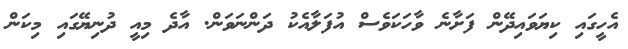
އެހީގައި ކިޔަވައިދޭން ފަށާނެ ވާހަކަވެސް އުފަލާއެކު ދަންނަވަން. އާދެ މިއީ ދުނިޔޭގައި މިކަން